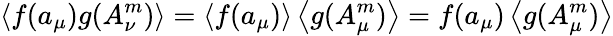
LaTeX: \left\langle f(a_{\mu})g(A_{\nu}^{m})\right\rangle=\left\langle f(a_{\mu})\right\rangle\left\langle g(A_{\mu}^{m})\right\rangle=f(a_{\mu})\left\langle g(A_{\mu}^{m})\right\rangle